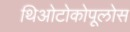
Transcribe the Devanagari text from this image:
थिओटोकोपूलोस